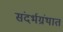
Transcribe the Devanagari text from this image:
संदर्भग्रंथात